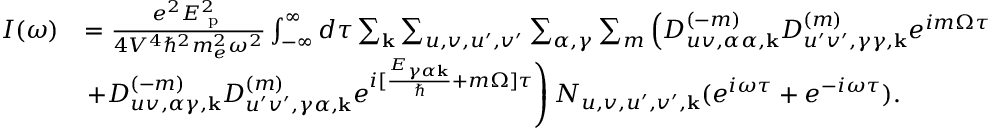
\begin{array} { r l } { I ( \omega ) } & { = \frac { e ^ { 2 } E _ { \textrm { p } } ^ { 2 } } { 4 V ^ { 4 } \hbar ^ { 2 } m _ { e } ^ { 2 } \omega ^ { 2 } } \int _ { - \infty } ^ { \infty } d \tau \sum _ { \mathbf { k } } \sum _ { u , v , u ^ { \prime } , v ^ { \prime } } \sum _ { \alpha , \gamma } \sum _ { m } \left( D _ { u v , \alpha \alpha , \mathbf { k } } ^ { ( - m ) } D _ { u ^ { \prime } v ^ { \prime } , \gamma \gamma , \mathbf { k } } ^ { ( m ) } e ^ { i m \Omega \tau } \right. } \\ & { \left. + D _ { u v , \alpha \gamma , \mathbf { k } } ^ { ( - m ) } D _ { u ^ { \prime } v ^ { \prime } , \gamma \alpha , \mathbf { k } } ^ { ( m ) } e ^ { i [ \frac { E _ { \gamma \alpha \mathbf { k } } } { \hbar } + m \Omega ] \tau } \right) N _ { u , v , u ^ { \prime } , v ^ { \prime } , \mathbf { k } } ( e ^ { i \omega \tau } + e ^ { - i \omega \tau } ) . } \end{array}